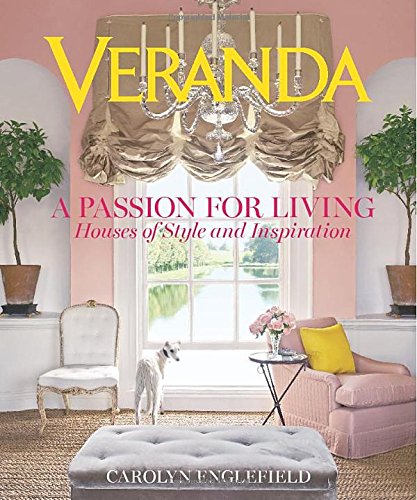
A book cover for Veranda A Passion for Living: Houses of Style and Inspiration; Carolyn Englefield; Crafts, Hobbies & Home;